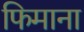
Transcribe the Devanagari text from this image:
फिमाना